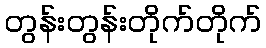
တွန်းတွန်းတိုက်တိုက်